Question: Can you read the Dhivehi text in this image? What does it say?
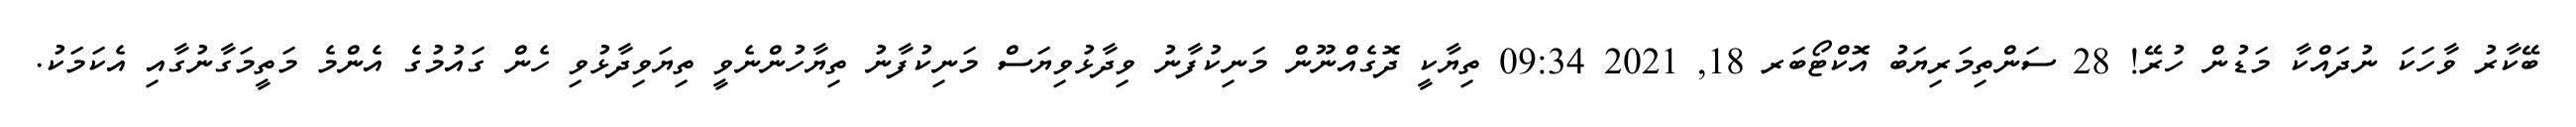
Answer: ބޭކާރު ވާހަކަ ނުދައްކާ މަޑުން ހުރޭ! 28 ސަންތިމަރިޔަބު އޮކްޓޯބަރ 18, 2021 09:34 ތިޔާކީ ދޮގެއްނޫން މަނިކުފާނު ވިދާޅުވިޔަސް މަނިކުފާނު ތިޔާހުންނެވީ ތިޔަވިދާޅުވި ހެން ގައުމުގެ އެންމެ މަތީމަގާނުގާއި އެކަމަކު.